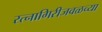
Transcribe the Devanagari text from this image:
रत्‍नागिरीजवळच्या